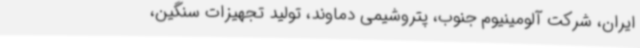
ایران، شرکت آلومینیوم جنوب، پتروشیمی دماوند، تولید تجهیزات سنگین،